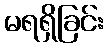
မရရှိခြင်း